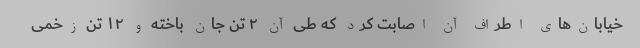
خیابان‌های اطراف آن اصابت کرد که طی آن ۲ تن جان باخته و ۱۲ تن زخمی